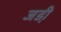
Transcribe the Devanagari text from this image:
जडी़